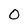
Character: O